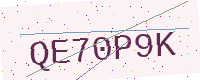
Text: QE70P9K